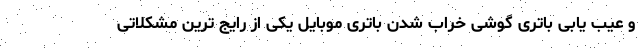
و عیب یابی باتری گوشی خراب شدن باتری موبایل یکی از رایج ترین مشکلاتی